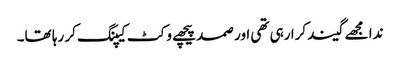
ندا مجھے گیند کرا رہی تھی اور صمد پیچھے وکٹ کیپنگ کر رہا تھا۔